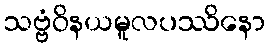
သဗ္ဗံဝိနယမူလပဿိနော